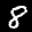
Label: 8